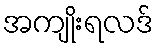
အကျိုးရလဒ်